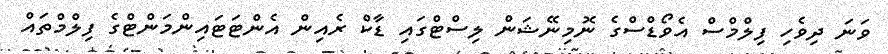
ވަނަ ދިވެހި ފިލްމްސް އެވޯޑްސްގެ ނޮމިނޭޝަން ލިސްޓްގައި ޑާކް ރެއިން އެންޓަޓައިންމަންޓްގެ ފިލްމްތައް